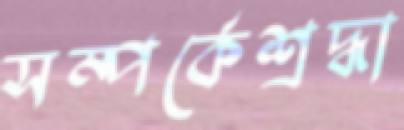
সম্পর্কেশ্রদ্ধা